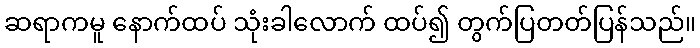
ဆရာကမူ နောက်ထပ် သုံးခါလောက် ထပ်၍ တွက်ပြတတ်ပြန်သည်။